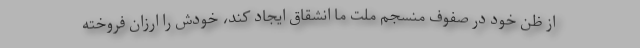
از ظن خود در صفوف منسجم ملت ما انشقاق ایجاد کند، خودش را ارزان فروخته